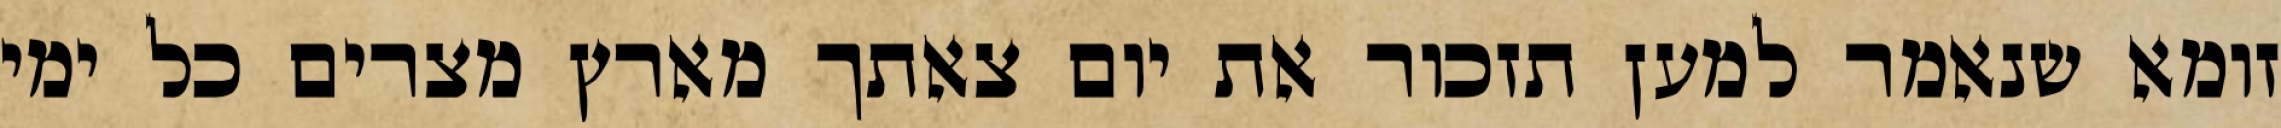
זומא שנאמר למען תזכור את יום צאתך מארץ מצרים כל ימי